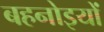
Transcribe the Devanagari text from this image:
बहनोइयों